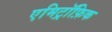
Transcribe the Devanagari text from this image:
एमिट्रॉफ़िक